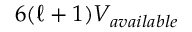
6 ( \ell + 1 ) V _ { a v a i l a b l e }